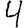
Digit: 4